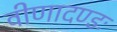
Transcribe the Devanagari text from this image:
वीणादण्डः